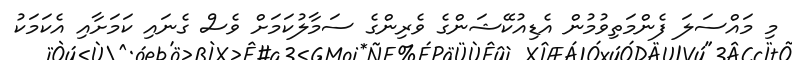
މި މައްސަލަ ފެންމަތިވުމުން އެޑިއުކޭޝަންގެ ވެރިންގެ ސަމާލުކަމަށް ވެސް ގެނައި ކަމަށާއި އެކަމަކު